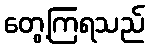
တွေ့ကြရသည်